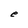
Character: e